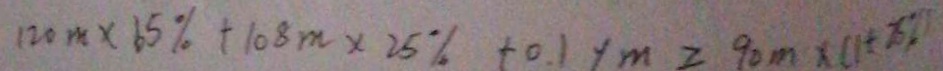
1 2 0 m \times 6 5 \% + 1 0 8 m \times 2 5 \% + 0 . 1 y m \geq 9 0 m \times ( 1 + 2 5 \% )